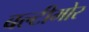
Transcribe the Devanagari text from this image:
बल्टीमोर